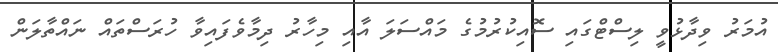
އުމަރު ވިދާޅުވީ ލިސްޓްގައި ސޮއިކުރުމުގެ މައްސަލަ އާއި މިހާރު ދިމާވެފައިވާ ހުރަސްތައް ނައްތާލަން